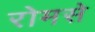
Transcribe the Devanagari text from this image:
रोमसे